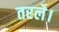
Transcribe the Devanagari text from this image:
तरले।